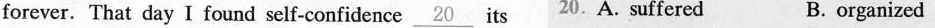
forever. That day I found self-confidence \underline{20} its 20.A. Suffered B. organized